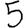
Digit: 5